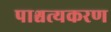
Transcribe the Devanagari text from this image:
पाश्चत्यकरण